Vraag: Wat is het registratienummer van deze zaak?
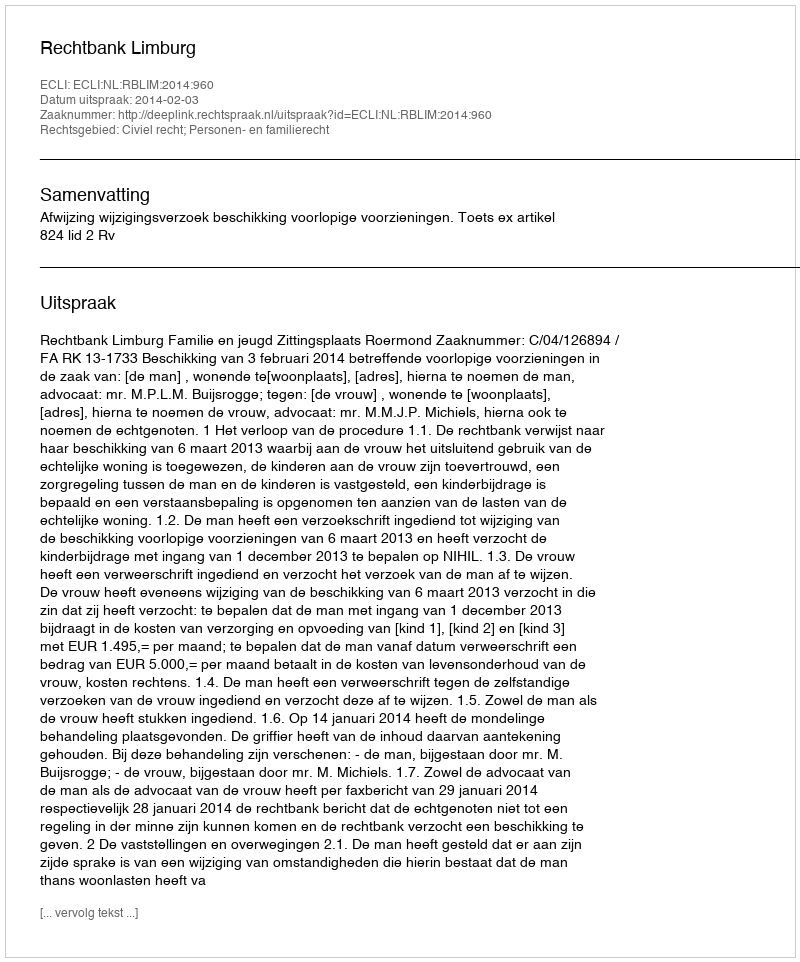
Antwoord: http://deeplink.rechtspraak.nl/uitspraak?id=ECLI:NL:RBLIM:2014:960